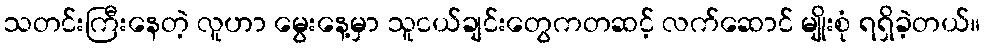
သတင်းကြီးနေတဲ့ လူဟာ မွေးနေ့မှာ သူငယ်ချင်းတွေကတဆင့် လက်ဆောင် မျိုးစုံ ရရှိခဲ့တယ်။